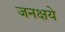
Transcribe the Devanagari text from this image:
जनक्षये